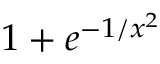
1 + e ^ { - 1 / x ^ { 2 } }